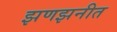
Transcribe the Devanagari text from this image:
झणझनीत